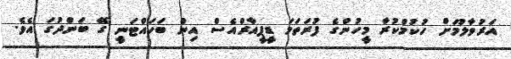
އަރުވާލުމަށް ހުކުމްކުރާ މީހުންގެ ފުރަތަމަ ޑީޕީއާރްއެސް އިން ބަހައްޓަނީ ގޭ ބަންދުގަ އެވެ.